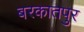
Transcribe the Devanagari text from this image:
बरकातपुर